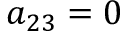
a _ { 2 3 } = 0